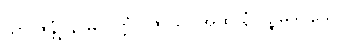
သာ ဇန္တုံ နာမ ပုတ္တံ ဝိဇာယိ။ အထ နံ ပဉ္စမဒိဝသေ